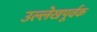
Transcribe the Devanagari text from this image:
उल्लेखपूर्वक